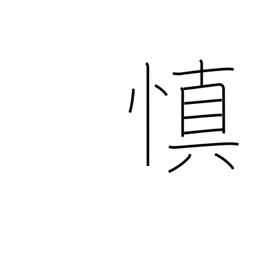
Meaning: prudent